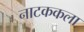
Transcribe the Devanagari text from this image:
नाटककला